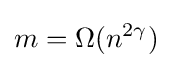
m=\Omega (n^{2\gamma })